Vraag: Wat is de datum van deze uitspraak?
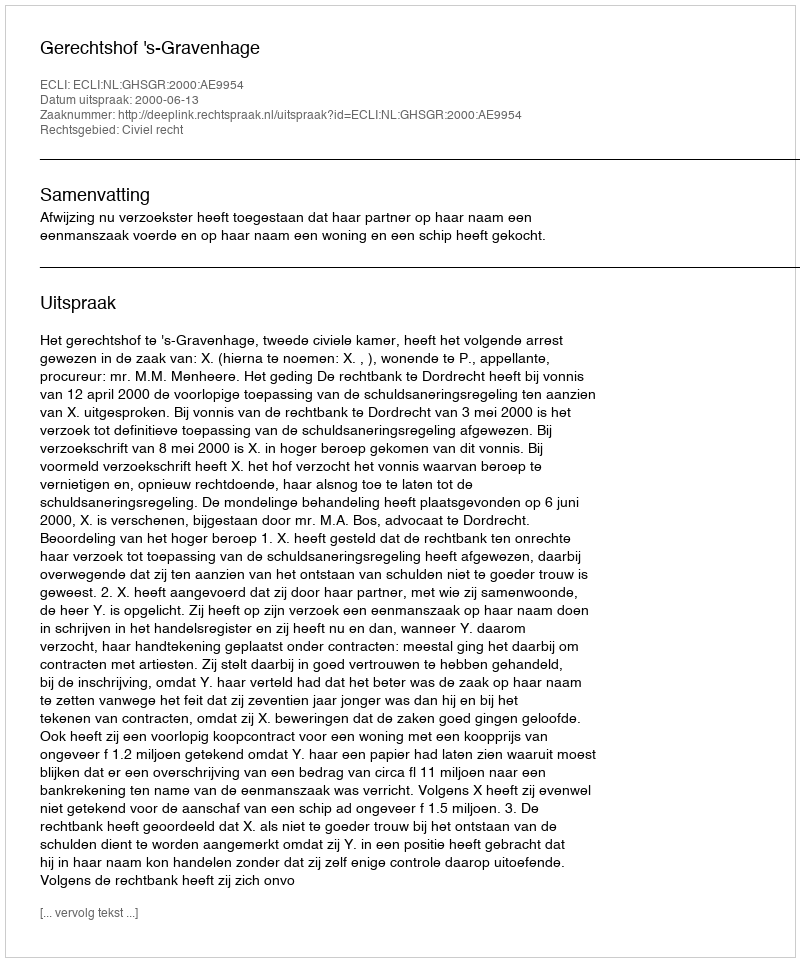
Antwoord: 2000-06-13